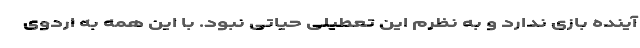
آینده بازی ندارد و به نظرم این تعطیلی حیاتی نبود. با این همه به اردوی